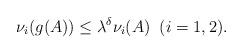
LaTeX: \begin{align*}\nu_i(g(A)) \leq \lambda^\delta \nu_i(A) \;\; (i = 1,2).\end{align*}